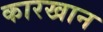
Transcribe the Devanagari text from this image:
कारखान